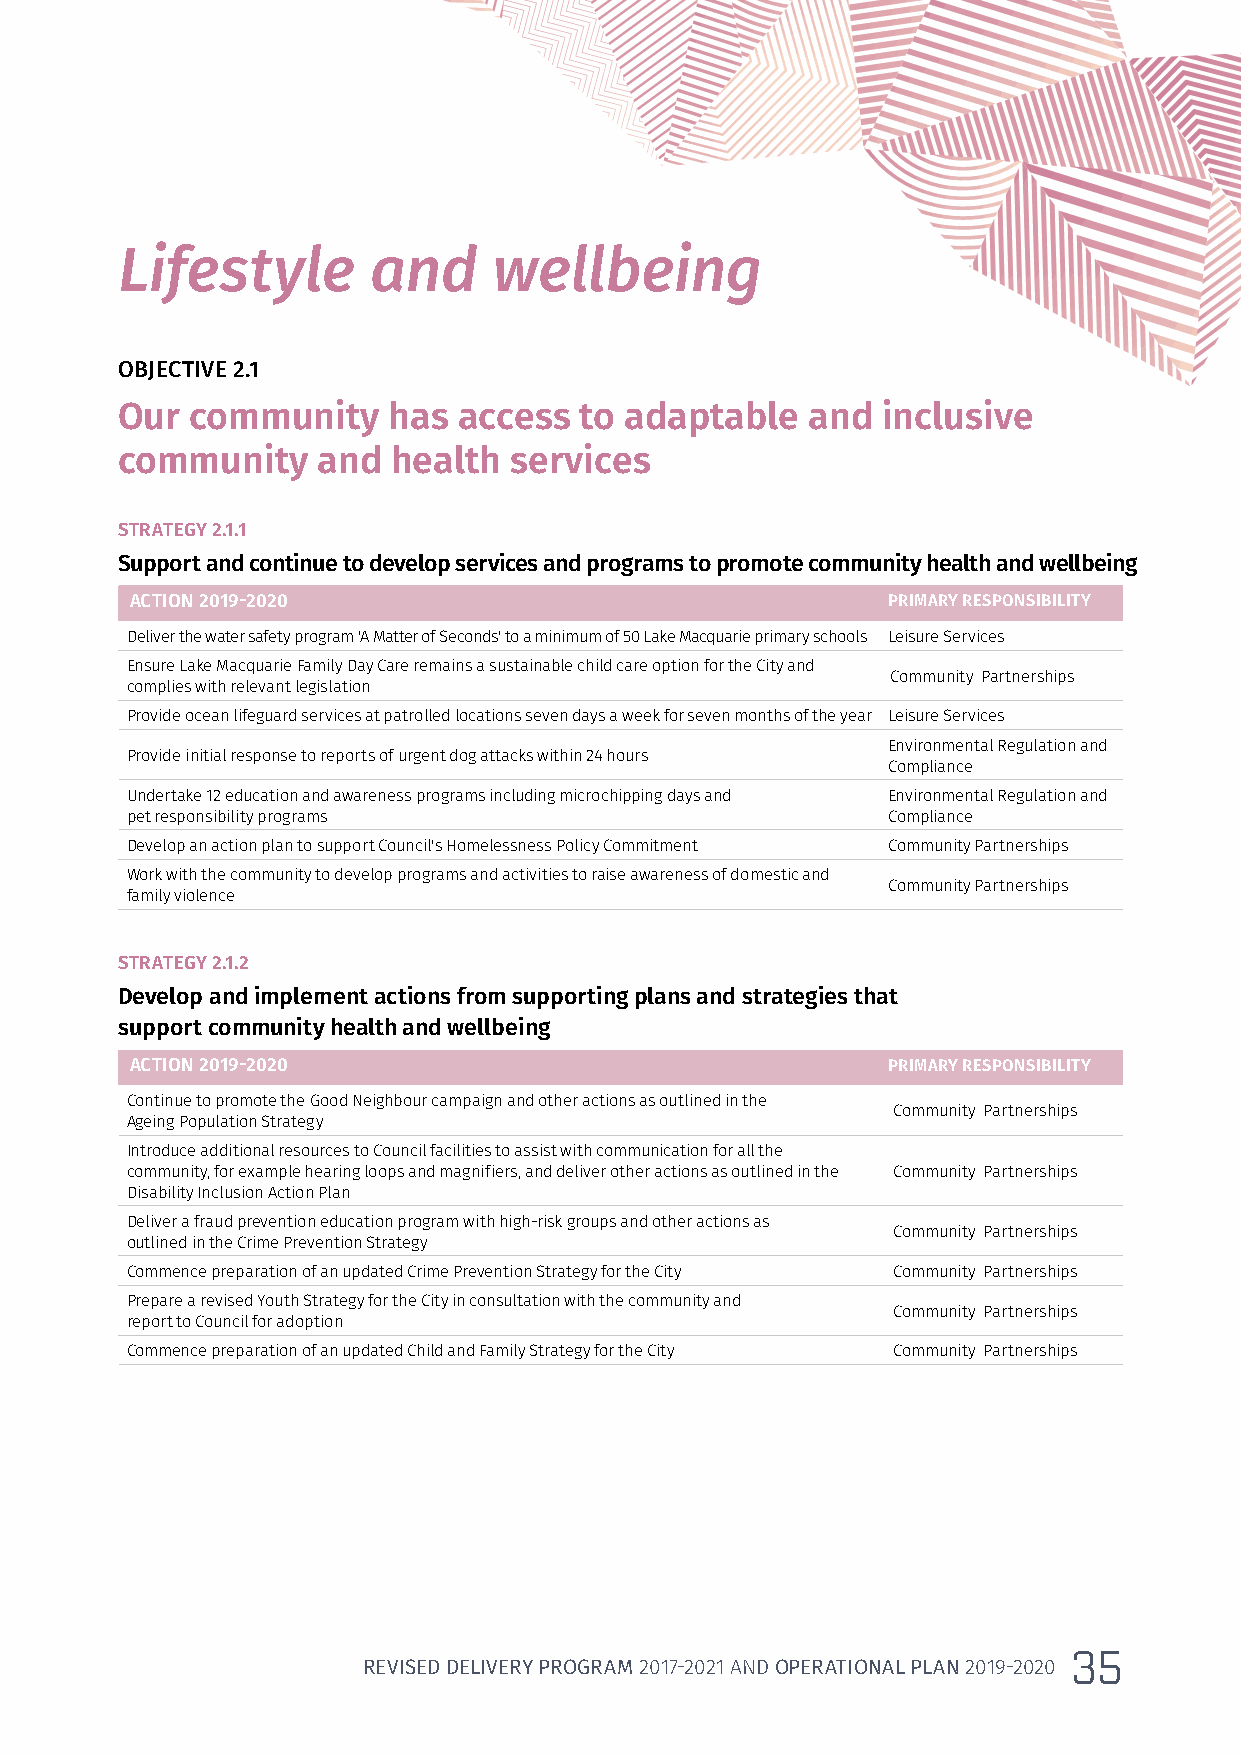
Lifestyle       and      wellbeing
 OBJECTIVE 2.1
 Our  community    has access  to adaptable    and inclusive
 community    and  health  services
 STRATEGY 2.1.1
 Support and continue to develop services and programs to promote community health and wellbeing
 ACTION 2019-2020                                  PRIMARY RESPONSIBILITY
 Deliver the water safety program 'A Matter of Seconds' to a minimum of 50 Lake Macquarie primary schools Leisure Services
 Ensure Lake Macquarie Family Day Care remains a sustainable child care option for the City and
 Community Partnerships
 complies with relevant legislation
 Provide ocean lifeguard services at patrolled locations seven days a week for seven months of the year Leisure Services
 Environmental Regulation and
 Provide initial response to reports of urgent dog attacks within 24 hours
 Compliance
 Undertake 12 education and awareness programs including microchipping days and Environmental Regulation and
 pet responsibility programs                        Compliance
 Develop an action plan to support Council's Homelessness Policy Commitment Community Partnerships
 Work with the community to develop programs and activities to raise awareness of domestic and
 Community Partnerships
 family violence
 STRATEGY 2.1.2
 Develop and implement actions from supporting plans and strategies that
 support community health and wellbeing
 ACTION 2019-2020                                  PRIMARY RESPONSIBILITY
 Continue to promote the Good Neighbour campaign and other actions as outlined in the
 Community Partnerships
 Ageing Population Strategy
 Introduce additional resources to Council facilities to assist with communication for all the
 community, for example hearing loops and magnifiers, and deliver other actions as outlined in the Community Partnerships
 Disability Inclusion Action Plan
 Deliver a fraud prevention education program with high-risk groups and other actions as
 Community Partnerships
 outlined in the Crime Prevention Strategy
 Commence preparation of an updated Crime Prevention Strategy for the City Community Partnerships
 Prepare a revised Youth Strategy for the City in consultation with the community and
 Community Partnerships
 report to Council for adoption
 Commence preparation of an updated Child and Family Strategy for the City Community Partnerships
 35
 REVISED DELIVERY PROGRAM 2017-2021 AND OPERATIONAL PLAN 2019-2020